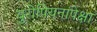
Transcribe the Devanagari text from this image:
युरोपियनांपेक्षा